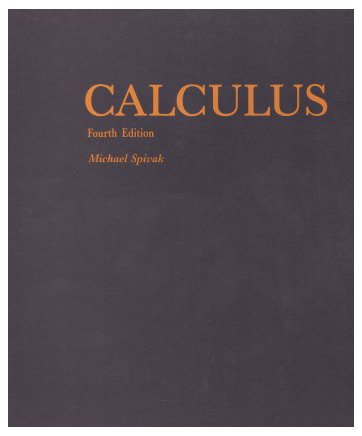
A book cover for Calculus, 4th edition; Michael Spivak; Science & Math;